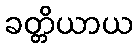
ခတ္တိယာယ